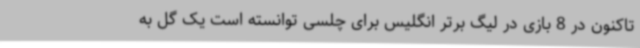
تاکنون در 8 بازی در لیگ برتر انگلیس برای چلسی توانسته است یک گل به